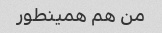
من هم همینطور